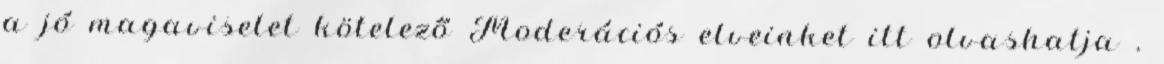
a jó magaviselet kötelező Moderációs elveinket itt olvashatja .